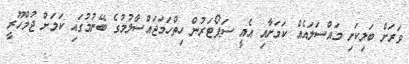
ވަރަށް ބަލިކަށި މައްސަލައެއް ކަމަށާއި އެއީ ސަޕޯޓަރުން ހިތްހަމަޖައްސާލުމުގެ ބޭނުމުގައި ކަމަށް ޖުމްހޫރީ